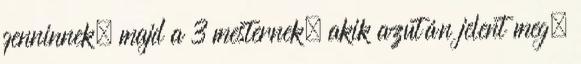
genninnek, majd a 3 mesternek, akik azután jelent meg,